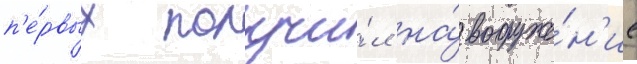
п'е́рвых получи́л на́ вооруже́н'ие